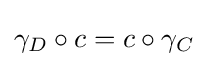
\gamma _{D}\circ c=c\circ \gamma _{C}